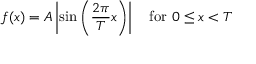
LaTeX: f ( x ) = A \left| \sin \left( { \frac { 2 \pi } { T } } x \right) \right| \quad { \mathrm { f o r ~ } } 0 \leq x < T